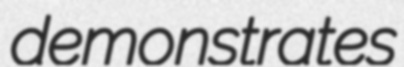
demonstrates